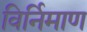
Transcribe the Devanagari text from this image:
विर्निमाण